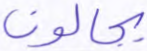
بجالوت